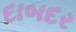
દાબદર